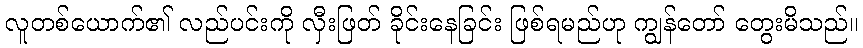
လူတစ်ယောက်၏ လည်ပင်းကို လှီးဖြတ် ခိုင်းနေခြင်း ဖြစ်ရမည်ဟု ကျွန်တော် တွေးမိသည်။